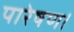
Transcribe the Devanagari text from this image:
पारेषण।